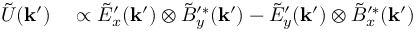
\begin{array} { r l } { \tilde { U } ( \mathbf { k } ^ { \prime } ) } & { { } \propto \tilde { E } _ { x } ^ { \prime } ( \mathbf { k } ^ { \prime } ) \otimes \tilde { B } _ { y } ^ { \prime * } ( \mathbf { k } ^ { \prime } ) - \tilde { E } _ { y } ^ { \prime } ( \mathbf { k } ^ { \prime } ) \otimes \tilde { B } _ { x } ^ { \prime * } ( \mathbf { k } ^ { \prime } ) } \end{array}